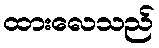
ထားလေသည်